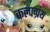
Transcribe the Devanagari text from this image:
कल्पग्रंथ